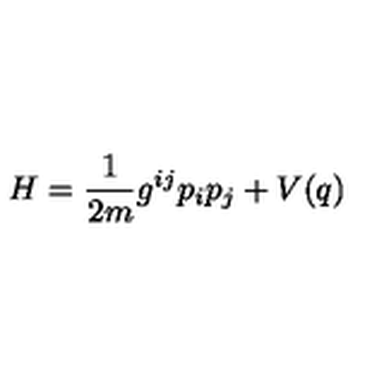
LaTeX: H = \frac { 1 } { 2 m } g ^ { i j } p _ { i } p _ { j } + V ( q )